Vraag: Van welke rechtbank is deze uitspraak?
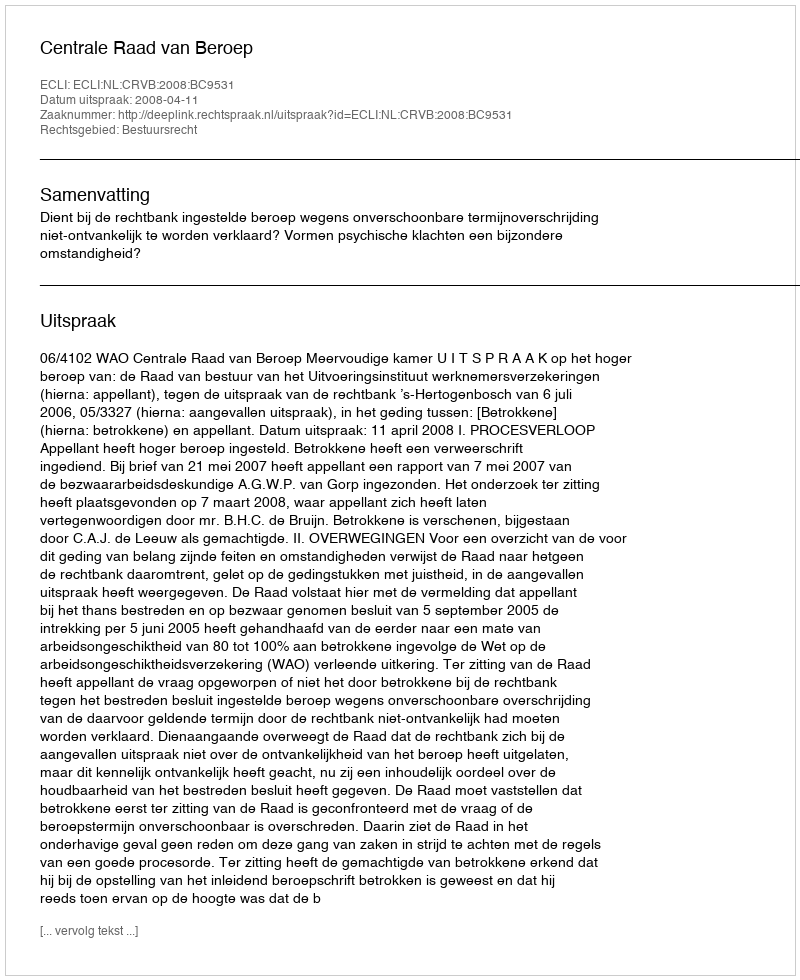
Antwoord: Centrale Raad van Beroep